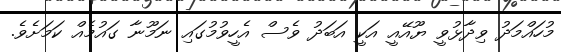
މުހައްމަދު ވިދާޅުވީ ޔޫއޭއީ އަކީ އަބަދު ވެސް އެހީވުމުގައި ނަމޫނާ ގައުމެއް ކަމަށެވެ.